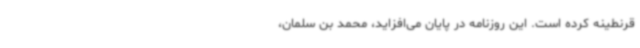
قرنطینه کرده است. این روزنامه در پایان می‌افزاید، محمد بن سلمان،